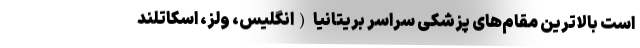
است بالاترین مقام‌های پزشکی سراسر بریتانیا (انگلیس، ولز، اسکاتلند